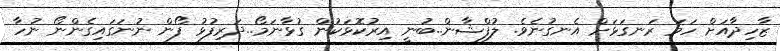
ޒާހިދާއަށް ހަމަ ރަނގަޅަށް އެނގުނެވެ. ލުފްޝާން..ބުނީ އިރުކޮޅަކުން ގުޅާނަމޯ..ދަރިފުޅު ފޯން ނުނަގައިގެންނޯ ނުހާ